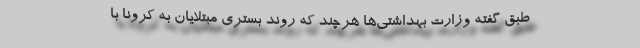
طبق گفته وزارت بهداشتی‌ها هرچند که روند بستری مبتلایان به کرونا با